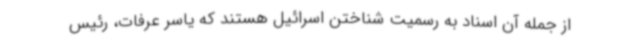
از جمله آن اسناد به رسمیت شناختن اسرائیل هستند که یاسر عرفات، رئیس